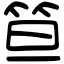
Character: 笪